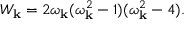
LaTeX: W _ { \bf k } = 2 \omega _ { \bf k } ( \omega _ { \bf k } ^ { 2 } - 1 ) ( \omega _ { \bf k } ^ { 2 } - 4 ) .